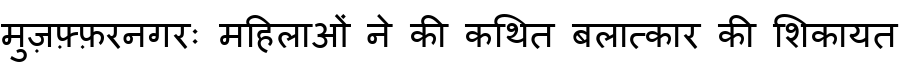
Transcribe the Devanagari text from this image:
मुज़फ़्फ़रनगरः महिलाओं ने की कथित बलात्कार की शिकायत